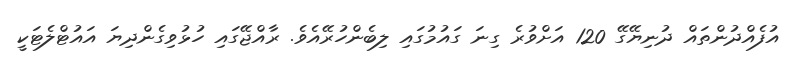
އުފެއްދުންތައް ދުނިޔޭގޭ 120 އަށްވުރެ ގިނަ ގައުމުގައި ލިބެންހުރޭއެވެ. ރާއްޖޭގައި ހުޅުވިގެންދިޔަ އައުޓްލެޓަކީ